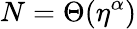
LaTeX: N=\Theta(\eta^{\alpha})